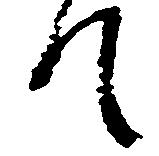
て